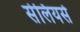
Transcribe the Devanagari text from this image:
सेलियर्स